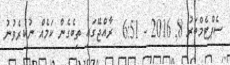
ސެޕްޓެމްބަރު 8